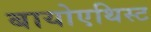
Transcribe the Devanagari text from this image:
बायोएथिस्ट